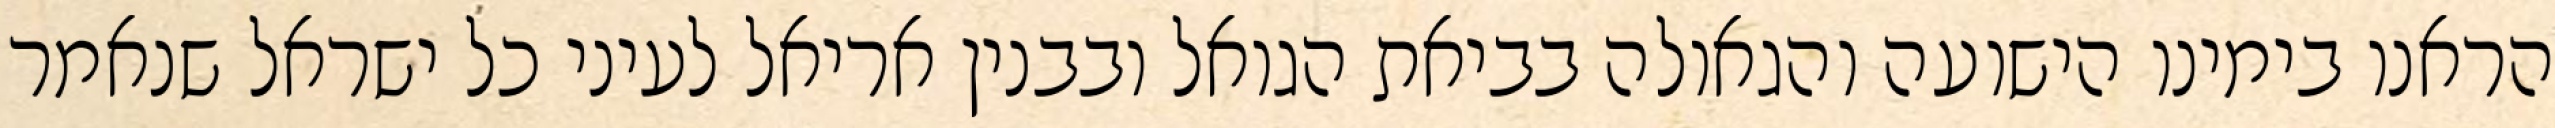
הראנו בימינו הישועה והגאולה בביאת הגואל ובבנין אריאל לעיני כל ישראל שנאמר